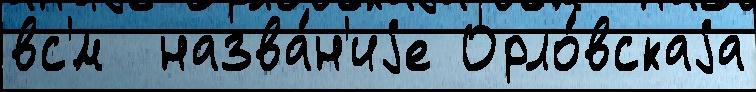
вс'́м  назва́н'иjе Орло́вскаjа